Report of the King Institute of Preventive Medicine, Guindy
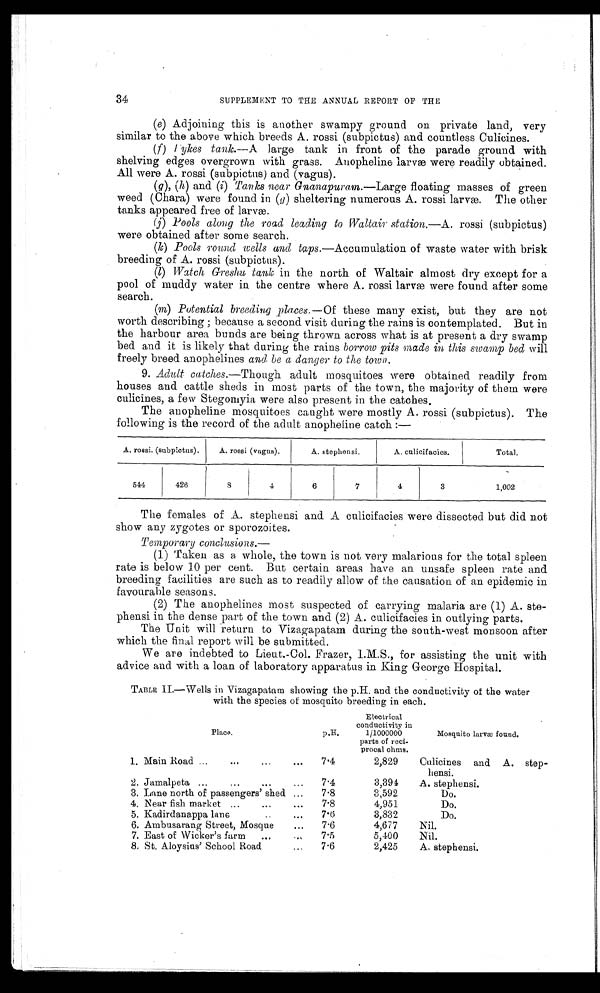
34
SUPPLEMENT TO THE ANNUAL REPORT OF THE
(e) Adjoining this is another swampy ground on private land, very
similar to the above which breeds A. rossi (subpictus) and countless Culicines.
(f) l ykes tank.— A large tank in front of the parade ground with
shelving edges overgrown with grass. Anopheline larvæ were readily obtained.
All were A. rossi (subpictus) and (vagus).
(g), ( h ) and (i) Tanks near Gnanapuram.—Large floating masses of green
weed (Chara) were found in (g) sheltering numerous A. rossi larvæ. The other
tanks appeared free of larvæ.
(j) Pools along the road leading to Waltair station.— A. rossi (subpictus)
were obtained after some search.
(k) Pools round wells and taps.—Accumulation of waste water with brisk
breeding of A. rossi (subpictus).
(l) Watch Greshu tank in the north of Waltair almost dry except for a
pool of muddy water in the centre where A. rossi larvæ were found after some
search.
(m) Potential breeding places.— Of these many exist, but they are not
worth describing ; because a second visit during the rains is contemplated. But in
the harbour area bunds are being thrown across what is at present a dry swamp
bed and it is likely that during the rains borrow pits made in this swamp bed will
freely breed anophelines and be a danger to the town.
9. Adult catches.— Though adult mosquitoes were obtained readily from
houses and cattle sheds in most parts of the town, the majority of them were
culicines, a few Stegomyia were also present in the catches.
The anopheline mosquitoes caught were mostly A. rossi (subpictus). The
following is the record of the adult anopheline catch :—
A. rossi. (subpictus).
A. rossi (vagus).
A. stephensi.
A. culicifacies.
Total.
544
426
8
4
6
7
4
3
1,002
The females of A. stephensi and A culicifacies were dissected but did not
show any zygotes or sporozoites.
Temporary conclusions.—
(1) Taken as a whole, the town is not very malarious for the total spleen
rate is below 10 per cent. But certain areas have an unsafe spleen rate and
breeding facilities are such as to readily allow of the causation of an epidemic in
favourable seasons.
(2) The anophelines most suspected of carrying malaria are (1) A. ste-
phensi in the dense part of the town and (2) A. culicifacies in outlying parts.
The Unit will return to Vizagapatam during the south-west monsoon after
which the final report will be submitted.
We are indebted to Lieut.-Col. Frazer, 1.M.S., for assisting the unit with
advice and with a loan of laboratory apparatus in. King George Hospital.
TABLE 11.—Wells in Vizagapatam showing the p.H. and the conductivity of the water
with the species of mosquito breeding in each.
Place.
p . H .
Electrical
conductivity in
1/1000000
parts of reci-
procal ohms.
Mosquito larvæ found.
1. Main Road ...
...
...
...
7.4
2,829
Culicines and A. step-
hensi.
2. Jamalpeta ...
...
...
...
7.4
3,394
A. stephensi.
3. Lane north of passengers' shed ...
7.8
3,592
Do.
4. Near fish market ...
...
...
7.8
4,951
Do.
5. Kadirdanappa lane
7.6
3,832
Do.
6. Ambusarang Street, Mosque ...
7.6
4,677
Nil.
7. East of Wicker's farm
...
...
7.5
5,400
Nil.
8. St. Aloysius' School Road
...
7.6
2,425
A. stephensi.